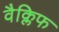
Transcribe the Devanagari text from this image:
वैक्लिफ